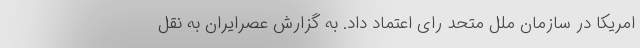
امریکا در سازمان ملل متحد رای اعتماد داد. به گزارش عصرایران به نقل